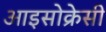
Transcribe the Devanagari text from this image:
आइसोक्रेसी